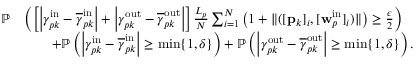
\begin{array} { r l } { \mathbb { P } } & { \left( \left[ \left| \gamma _ { p k } ^ { \mathrm { i n } } - \overline { { \gamma } } _ { p k } ^ { \mathrm { i n } } \right| + \left| \gamma _ { p k } ^ { \mathrm { o u t } } - \overline { { \gamma } } _ { p k } ^ { \mathrm { o u t } } \right| \right] \frac { L _ { p } } { N } \sum _ { i = 1 } ^ { N } \left( 1 + \| ( [ \mathbf { p } _ { k } ] _ { i } , [ \mathbf { w } _ { p } ^ { \mathrm { i n } } ] _ { i } ) \| \right) \geq \frac { \epsilon } { 2 } \right) } \\ & { \qquad + \mathbb { P } \left( \left| \gamma _ { p k } ^ { \mathrm { i n } } - \overline { { \gamma } } _ { p k } ^ { \mathrm { i n } } \right| \geq \operatorname* { m i n } \{ 1 , \delta \} \right) + \mathbb { P } \left( \left| \gamma _ { p k } ^ { \mathrm { o u t } } - \overline { { \gamma } } _ { p k } ^ { \mathrm { o u t } } \right| \geq \operatorname* { m i n } \{ 1 , \delta \} \right) . } \end{array}